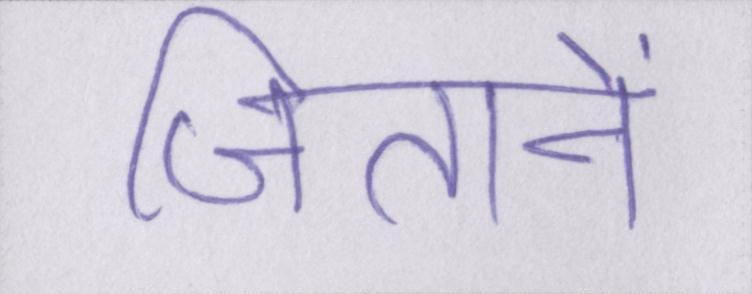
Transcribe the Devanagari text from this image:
जिताने